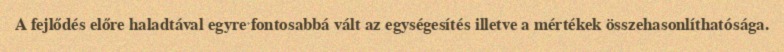
A fejlődés előre haladtával egyre fontosabbá vált az egységesítés illetve a mértékek összehasonlíthatósága.